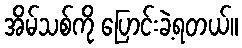
အိမ်သစ်ကို ပြောင်းခဲ့ရတယ်။